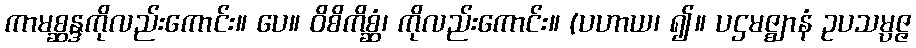
ကာမစ္ဆန္ဒကိုလည်းကောင်း။ ပေ။ ဝိစိကိစ္ဆံ၊ ကိုလည်းကောင်း။ (ပဟာယ၊ ၍။ ပဌမဇ္ဈာနံ ဥပသမ္ပဇ္ဇ